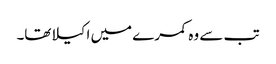
تب سے وہ کمرے میں اکیلاتھا۔